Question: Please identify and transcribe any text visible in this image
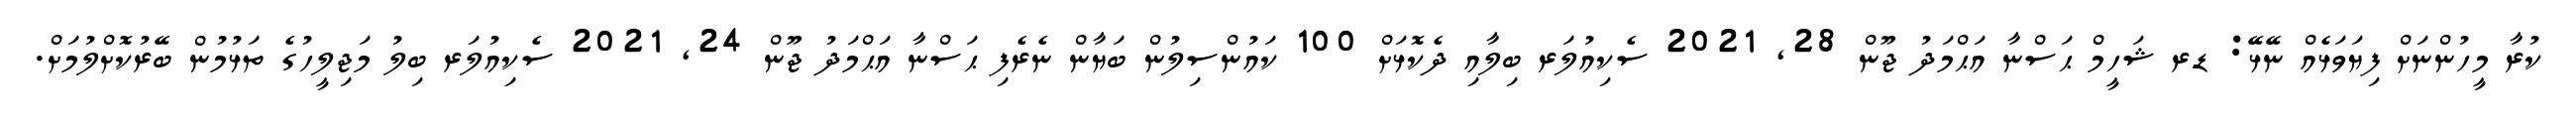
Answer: ކުރާ މީހުންނަށް ފިޔަވަޅެއް ނޭޅޭ: ޑރ ޝަހީމް ޙަސްނާ އަޙްމަދު ޖޫން 28, 2021 ސެކިއުލަރ ބިލާއި ދެކޮޅަށް 100 ކައުންސިލުން ބަޔާން ނެރެފި ޙަސްނާ އަޙްމަދު ޖޫން 24, 2021 ސެކިއުލަރ ބިލު މަޖިލީހުގެ ތަޅުމުން ބޭރުކޮށްލުމަށް.